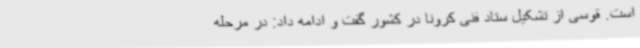
است. قوسی از تشکیل ستاد فنی کرونا در کشور گفت و ادامه داد: در مرحله